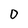
Character: 0